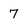
Character: 7